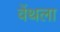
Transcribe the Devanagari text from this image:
वेंथला